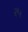
ર૫